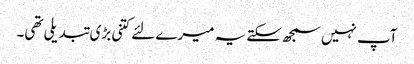
آپ نہیں سمجھ سکتے یہ میرے لئے کتنی بڑی تبدیلی تھی۔